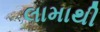
લામાથી